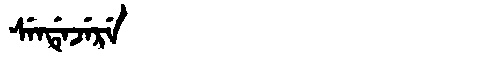
Manchu: ᠰᡝᠨᡩᡝᠵᡝᡵᡝ
Romanization: SENDEJERE